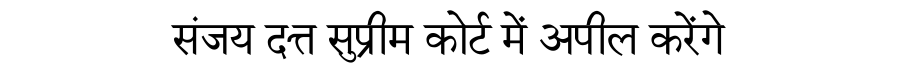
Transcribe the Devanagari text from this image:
संजय दत्त सुप्रीम कोर्ट में अपील करेंगे